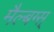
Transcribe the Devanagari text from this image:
मैल्बग्स्